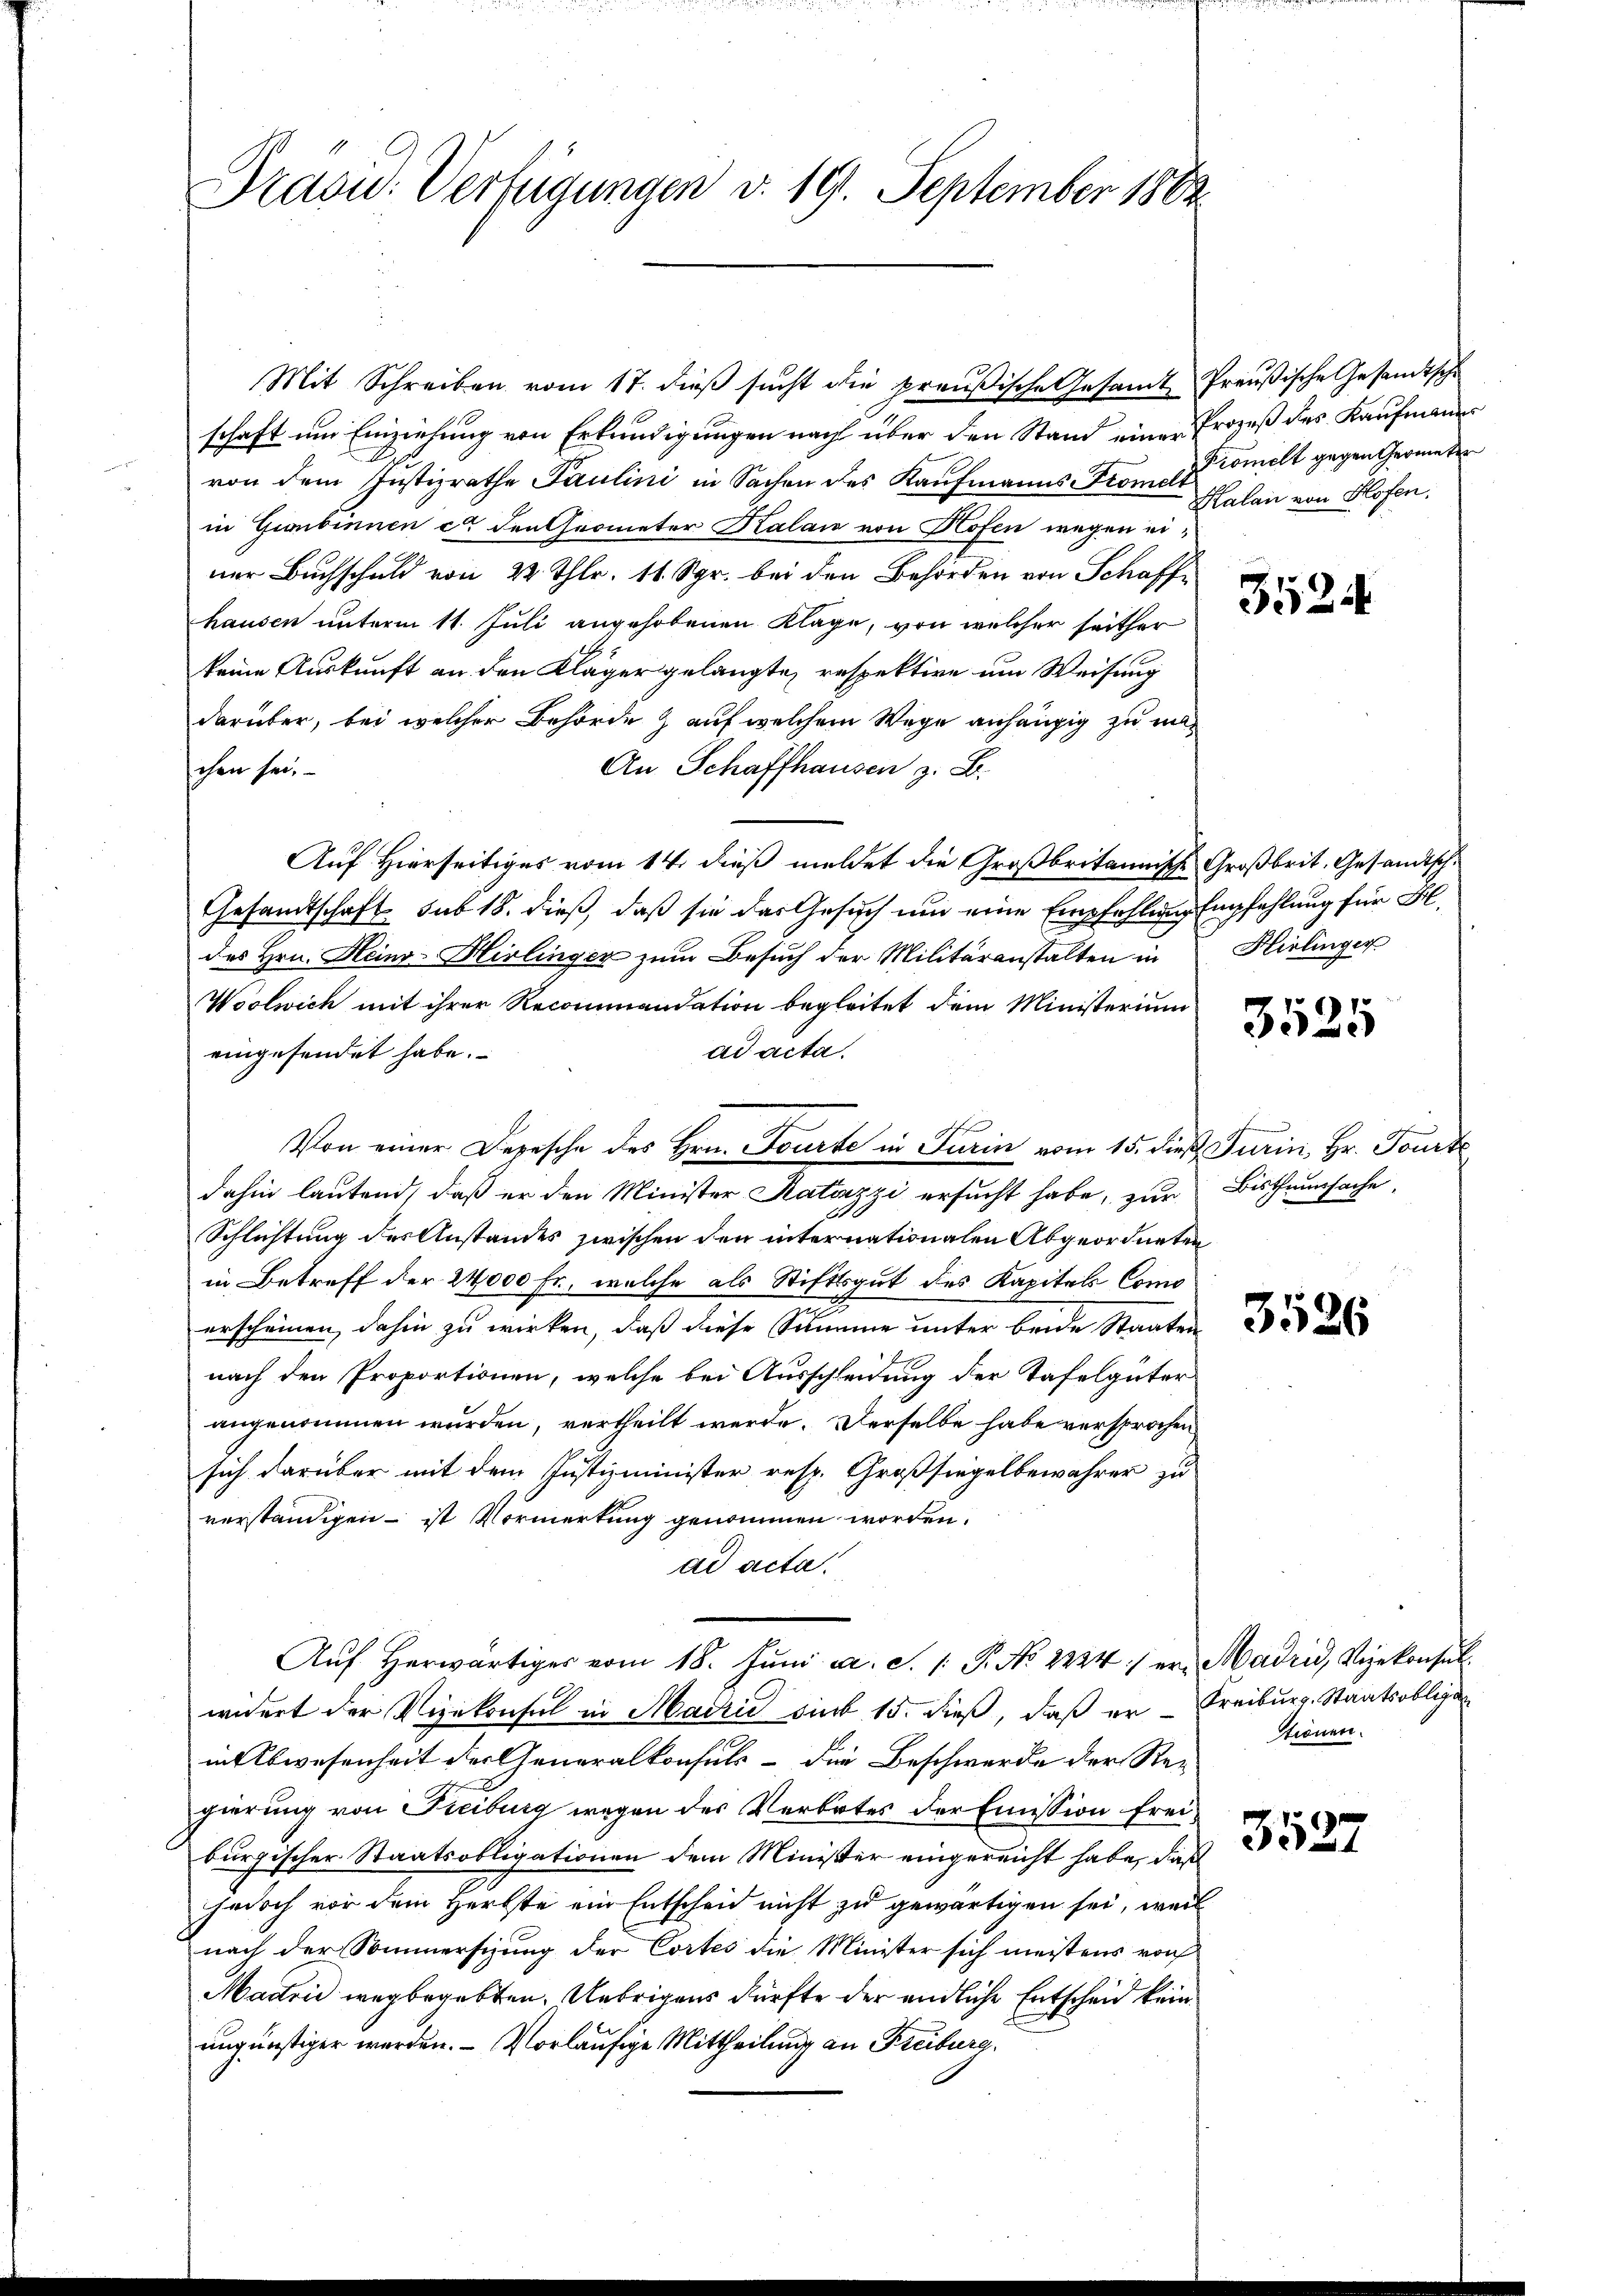
Traon: Verfügungen v. 19. September 1882.

Mit Schreiben vom 17. dieß sucht die preußische Gesamt
schaft um Einziehung von Erkundigungen nach über den Stand einer Prozeß des Kaufmanns
von dem Justizrathe Paulini in Sachen des Kaufmanns Fromet
in Gienbinnen et den Grometer Kalan von Hofen wegen einer Buchschuld von 24 Thlr. 11. Spr. bei den Behörden von Schaffe
hausen unterm 11. Juli angehobenen Klage, von welcher seither
keine Auskunft an den Kläger gelangte, respektire um Weisung
darüber, bei welcher Behörde & auf welchem Wege anhängig zu ma¬
An Schaffhausen z. B.
chen sei.
Auf Hierseitiges vom 14. dieß meldet die Großbritannische Großbrit. Gesandtsch¬
Gesandtschaft sub 18. dieß, daß sie das Gesuch um eine Empfehlung
des Hrn. Hein-Hirlinger zum Besuch der Militäranstalten in
Woolwich mit ihrer Recommandation begleitet dem Ministerium
ad acta.
eingesendet habe.
Von einer Depesche des Hrn. Tourte in Turin vom 15. dieß, Turin, Hr. Tourte
dahin lautend, daß er den Minister Ratazzi ersucht habe, zur
Schlichtung des Anstandes zwischen den internationalen Abgeordneten
in Betreff der 24000 Fr, welche als Stiftsgut des Kapitals Como
erscheinen, dahin zu wirken, daß diese Summe unter beide Staaten
nach den Proportionen, welche bei Ausschleidung der Tafelgüter
angenommen wurden, vertheilt werde. Derselbe habe versprochen
sich darüber mit dem Justizminister resp. Großsiegelbewahrer zu
verständigen – ist Vormerkung genommen worden.
ad acta.
Aŭf herwärtiger vom 18. Jŭni a. S. 1: P. Nr. 2224) er Madrid, Vizekonsul
widert der Vizekonsul in Madrić sub 15. dieß, daß erin Abwesenheit der Generalkonsuls - die Beschwerde der Re-
gierung von Freiburg wegen der Verbotes der Emission freiburgischer Staatsobligationen dem Minister eingereicht habe, daß
jedoch vor dem Herbste ein Entscheid nicht zu gewärtigen sei, weil
nach der Sommersizung der Cortes die Minister sich meistens von
Madrić wegbegabten. Uebrigens dürfte der endliche Entscheid kein
ungünstiger werden. - Vorläufige Mittheilung an Freiburg.

Preußische Gesandtsche
Promelt gegen Geometen
Kalan von Hofen.

3524

Empfehlung für Bl.
Hirlinger

3525

Bisthumssache.

3526

Freiburg. Staatsobliga
Stionen.

3527